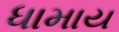
ધામાય